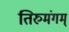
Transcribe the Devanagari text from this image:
तिरुमंगम्‌